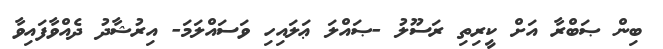
ބިން ޞަބްރާ އަށް ކީރިތި ރަސޫލު -ޞައްލަ ޢަލައިހި ވަސައްލަމަ- އިރުޝާދު ދެއްވާފައިވާ